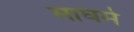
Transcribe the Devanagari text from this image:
माघमे